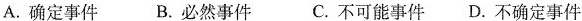
A.确定事件 B.必然事件 C.不可能事件 D.不确定事件